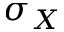
\sigma _ { X }